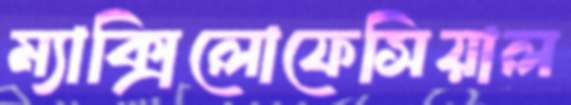
ম্যাক্সিলোফেসিয়াল